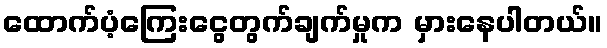
ထောက်ပံ့ကြေးငွေတွက်ချက်မှုက မှားနေပါတယ်။